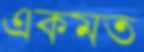
একমত